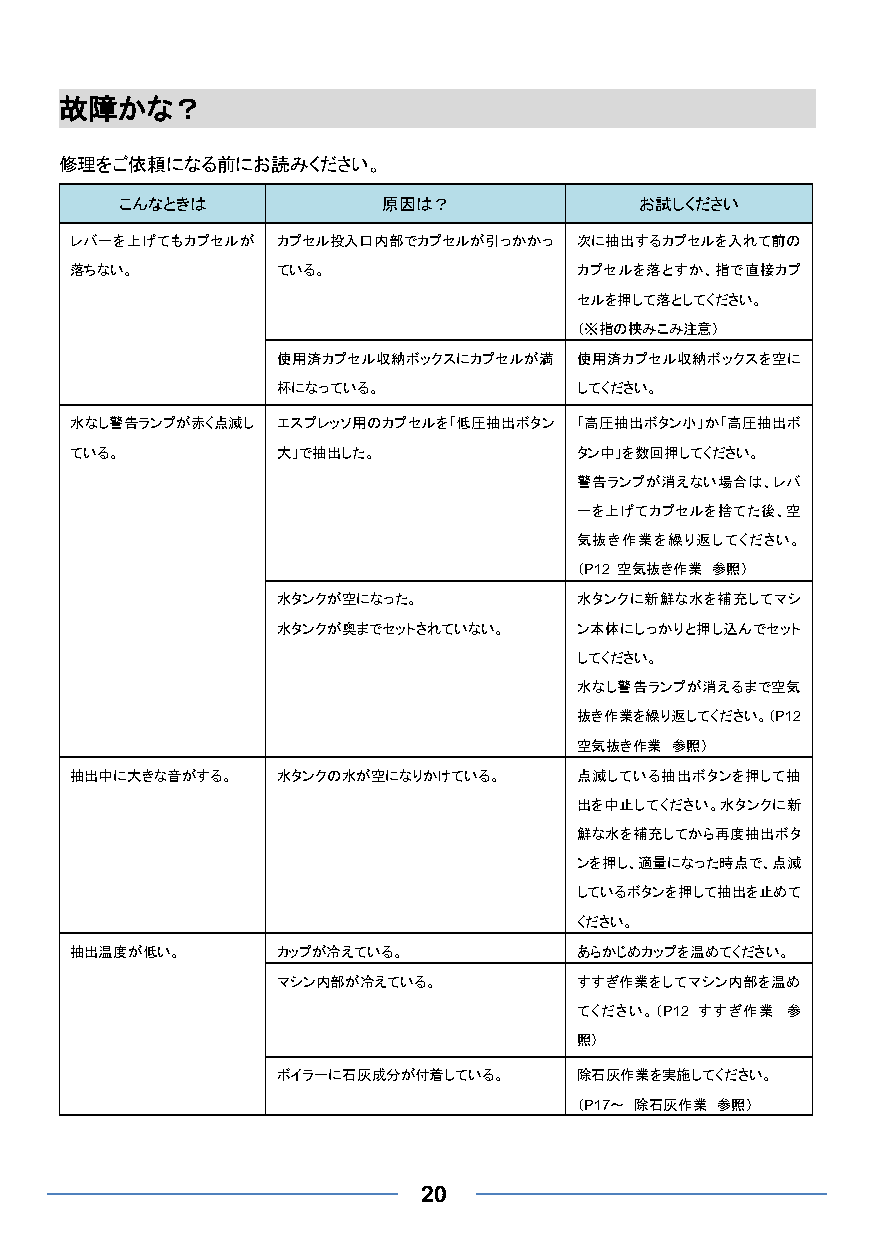
故障かな？
 修理をご依頼になる前にお読みください。
 こんなときは           原因は？             お試しください
 レバーを上げてもカプセルが カプセル投入口内部でカプセルが引っかかっ 次に抽出するカプセルを入れて前の
 落ちない。        ている。                カプセルを落とすか、指で直接カプ
 セルを押して落としてください。
 （※指の挟みこみ注意）
 使用済カプセル収納ボックスにカプセルが満 使用済カプセル収納ボックスを空に
 杯になっている。            してください。
 水なし警告ランプが赤く点滅し エスプレッソ用のカプセルを「低圧抽出ボタン 「高圧抽出ボタン小」か「高圧抽出ボ
 ている。         大」で抽出した。            タン中」を数回押してください。
 警告ランプが消えない場合は、レバ
 ーを上げてカプセルを捨てた後、空
 気抜き作業を繰り返してください。
 （P12 空気抜き作業 参照）
 水タンクが空になった。         水タンクに新鮮な水を補充してマシ
 水タンクが奥までセットされていない。  ン本体にしっかりと押し込んでセット
 してください。
 水なし警告ランプが消えるまで空気
 抜き作業を繰り返してください。（P12
 空気抜き作業 参照）
 抽出中に大きな音がする。 水タンクの水が空になりかけている。   点滅している抽出ボタンを押して抽
 出を中止してください。水タンクに新
 鮮な水を補充してから再度抽出ボタ
 ンを押し、適量になった時点で、点滅
 しているボタンを押して抽出を止めて
 ください。
 抽出温度が低い。     カップが冷えている。          あらかじめカップを温めてください。
 マシン内部が冷えている。        すすぎ作業をしてマシン内部を温め
 てください。（P12 すすぎ作業 参
 照）
 ボイラーに石灰成分が付着している。   除石灰作業を実施してください。
 （P17～ 除石灰作業 参照）
 20